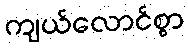
ကျယ်လောင်စွာ